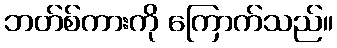
ဘတ်စ်ကားကို ကြောက်သည်။